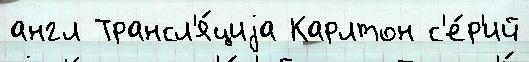
англ Трансл'я́циjа Карлтон с'е́р'ий